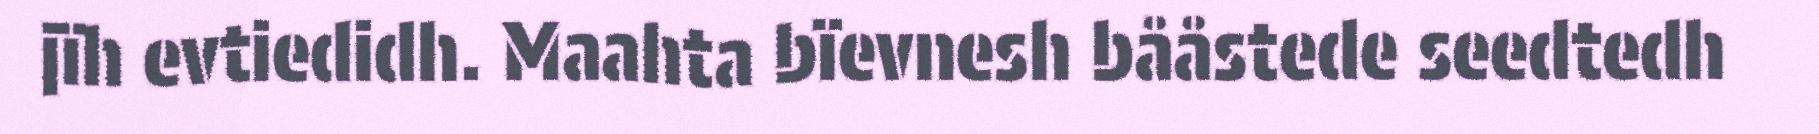
jïh evtiedidh. Maahta bïevnesh bååstede seedtedh